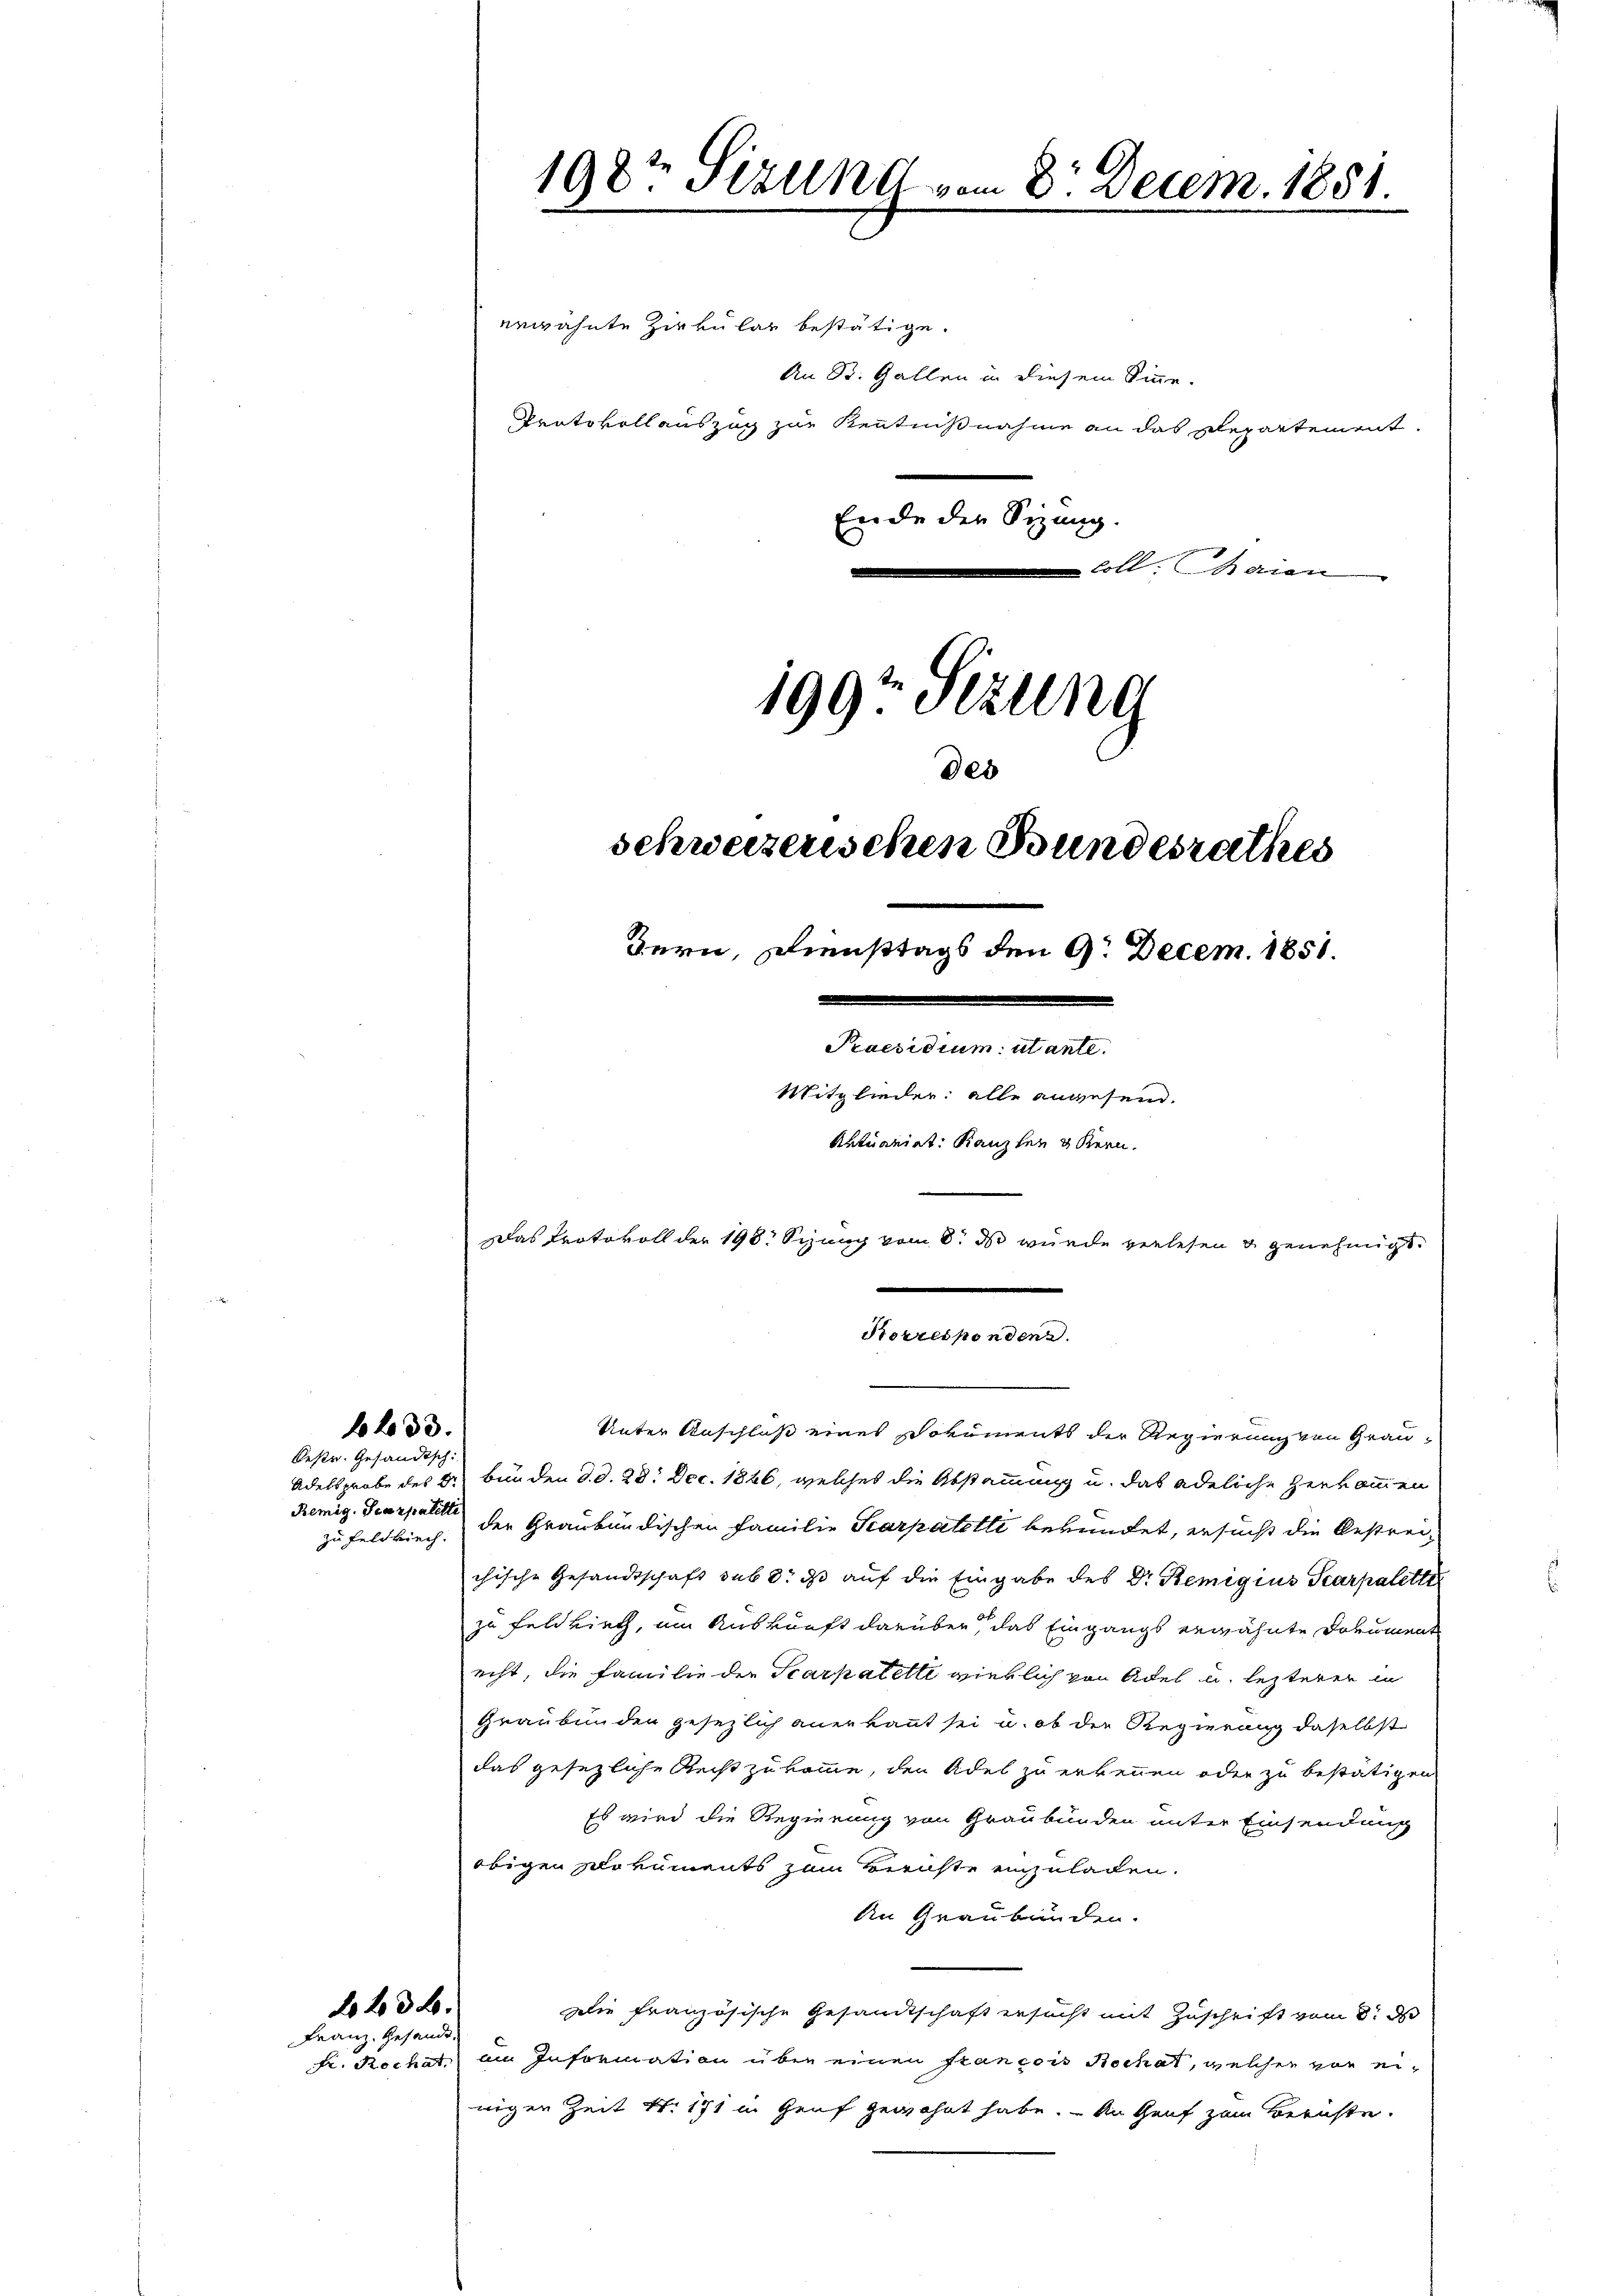
633.

Bestr. Gesandtsch:
Remig. Scarpalitte

23.
Franz. Gesandt.

erwähnte Zirkular bestätige.
An St. Gallen in diesem Sinne.
Protokollauszug zur Kenntnißnahme an das Departement.
Ende der Sitzung.
coll. Maien

1982 Sizung vom
Decem. 1851.

199t Setzung
des
schweizerischen Bundesrathes
Bern, Diensttags den 9. Decem. 1851.
Praesidium utante.
Mitglieder: alle angesend.
Aktuariat Kanzler gern.
Das Protokoll der 198. Sizung vom 8. ds wurde verlesen u genehmigt.

Korresponden.

Unter Anschluß eines Dokuments der Regierung von Grau¬
Adelsprobe des Dr. Bunden d. d. 28. Dec. 1846, welches die Abstammung u. das adeliche Herkommen
zu Feldkirch, der Graubündischen Familie Scarpatetti bekundet, ersucht die bestrei-
chische Gesandtschaft sub 8. ds auf die Eingabe des Dr. Remigius Tearpalette
zu Feldkirch, um Auskunft darüber, das Eingangs erwähnte Dokument
echt, die Familie der Scarpatette wirklich von Adel u. lezterer in
Graubünden gesezlich anerkannt sei u. ob die Regierung daselbst
das gesezliche Recht zukomme, den Adel zu erkennen oder zu bestätigen
Es wird die Regierung von Graubünden unter Einsendung
obigen Dokuments zum Berichte einzuladen.
An Graubünden.
Die französische Gesandtschaft ersucht mit Zuschrift vom 8. d
Fr. Rechat, ain Information über einen francois Rochat, welcher von eiwigen Zeit Nr. 171 in Genf gewöhnt habe. An Genf zum Berichte.